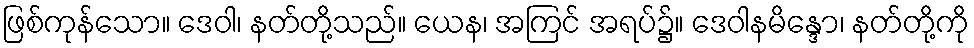
ဖြစ်ကုန်သော။ ဒေဝါ၊ နတ်တို့သည်။ ယေန၊ အကြင် အရပ်၌။ ဒေဝါနမိန္ဒော၊ နတ်တို့ကို